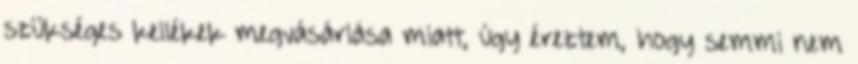
szükséges kellékek megvásárlása miatt, úgy éreztem, hogy semmi nem